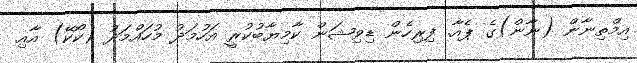
އިމްތިނާން (ނާން)ގެ ޕެއާ. ފިރިހެން ޑިވިޝަން ކާމިޔާބުކުރީ އަހުމަދު މުހައްމަދު (ކޯކޭ) އާއި